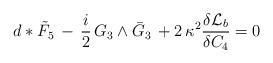
LaTeX: \begin{align*}d*\tilde{F}_5\, - \,\frac{i}{2}\, G_3 \wedge \bar{G}_3\, + 2 \,\kappa^2 \frac{\delta {\cal L}_b}{\delta C_4}=0\end{align*}